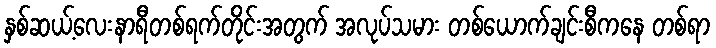
နှစ်ဆယ့်လေးနာရီတစ်ရက်တိုင်းအတွက် အလုပ်သမား တစ်ယောက်ချင်းစီကနေ တစ်ရာ